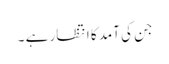
جن کی آمد کا انتظار ہے ۔